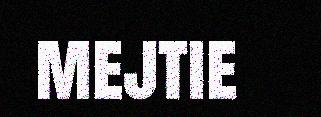
mejtie